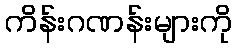
ကိန်းဂဏန်းများကို